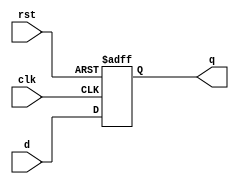
module dff_neg_edge (
    input wire clk,      
    input wire rst,  
    input wire d,       
    output reg q         
);

always @(negedge clk or negedge rst) 
begin
    if (!rst) 
        q <= 1'b0;       
    else 
        q <= d;         
end

endmodule